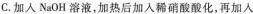
C.加入NaOH溶液，加热后加入稀硝酸酸化，再加入